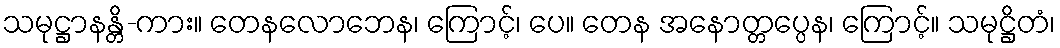
သမုဋ္ဌာနန္တိ-ကား။ တေနလောဘေန၊ ကြောင့်၊ ပေ။ တေန အနောတ္တပ္ပေန၊ ကြောင့်။ သမုဋ္ဌိတံ၊